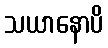
သယာနောပိ